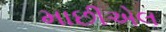
માછીએલ